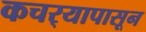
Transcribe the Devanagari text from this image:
कचर्‍यापासून